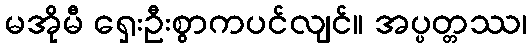
မအိုမီ ရှေးဦးစွာကပင်လျင်။ အပ္ပတ္တဿ၊